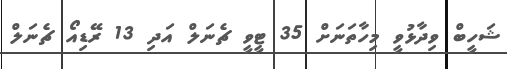
ޝަހީބް ވިދާޅުވީ މިހާތަނަށް 35 ޓީވީ ޗެނަލް އަދި 13 ރޭޑިއޯ ޗެނަލް